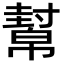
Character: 幫